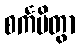
စင်္ကမိတွာ